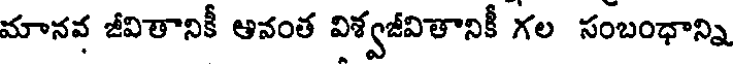
మానవ జీవితానికీ ఆవంత విశ్వజీవితానికీ గల సంబంధాన్ని